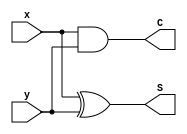
//0516205,0516228
module half_adder(S, C, x, y);

output S, C;
input x, y;

xor G1(S, x, y);
and G2(C, x, y);

endmodule